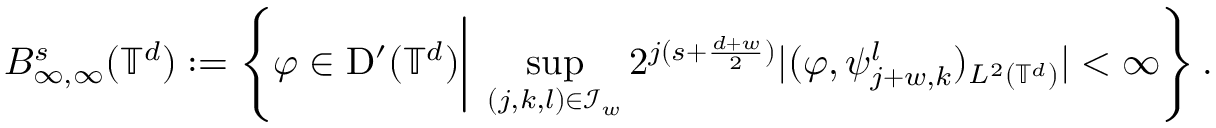
B _ { \infty , \infty } ^ { s } ( \mathbb { T } ^ { d } ) : = \left\{ \varphi \in \mathrm D ^ { \prime } ( \mathbb { T } ^ { d } ) \bigg | \; \operatorname* { s u p } _ { ( j , k , l ) \in \mathcal { I } _ { w } } 2 ^ { j ( s + \frac { d + w } { 2 } ) } | ( \varphi , \psi _ { j + w , k } ^ { l } ) _ { L ^ { 2 } ( \mathbb { T } ^ { d } ) } | < \infty \right\} .